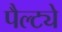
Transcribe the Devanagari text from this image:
पैल्ट्ये